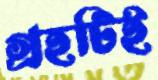
গ্রহটিই